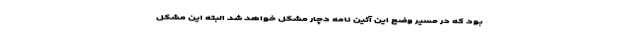
بود که در مسیر وضع این آئین نامه دچار مشکل خواهد شد البته این مشکل